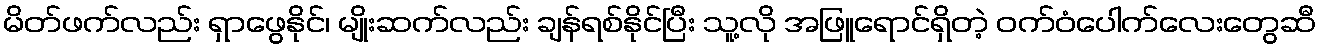
မိတ်ဖက်လည်း ရှာဖွေနိုင်၊ မျိုးဆက်လည်း ချန်ရစ်နိုင်ပြီး သူ့လို အဖြူရောင်ရှိတဲ့ ဝက်ဝံပေါက်လေးတွေဆီ